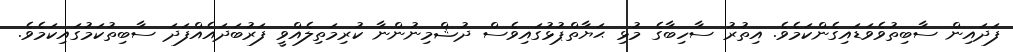
ފަދައިން ސާބިތުވެވަޑައިގެންކަމެވެ. އިތުރު ސާހިބާގެ މުޅި ޙަޔާތްޕުޅުގައިވެސް ދުޝްމިނުންނާ ކުރިމަތިލެއްވީ ފަރުބަދައެއްފަދަ ސާބިތުކަމުގައިކަމެވެ.